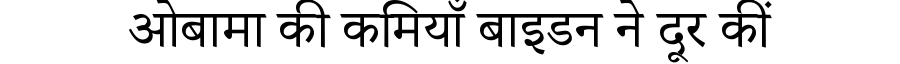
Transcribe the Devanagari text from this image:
ओबामा की कमियाँ बाइडन ने दूर कीं